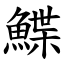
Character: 鰈